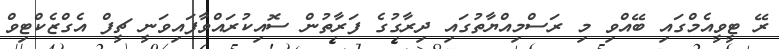
ރޭ ޓީވީއެމްގައި ބޭއްވި މި ރަސްމިއްޔާތުގައި ދިރާގުގެ ފަރާތުން ސޮއިކުރައްވާފައިވަނީ ޗީފް އެގްޒެކްޓިވް